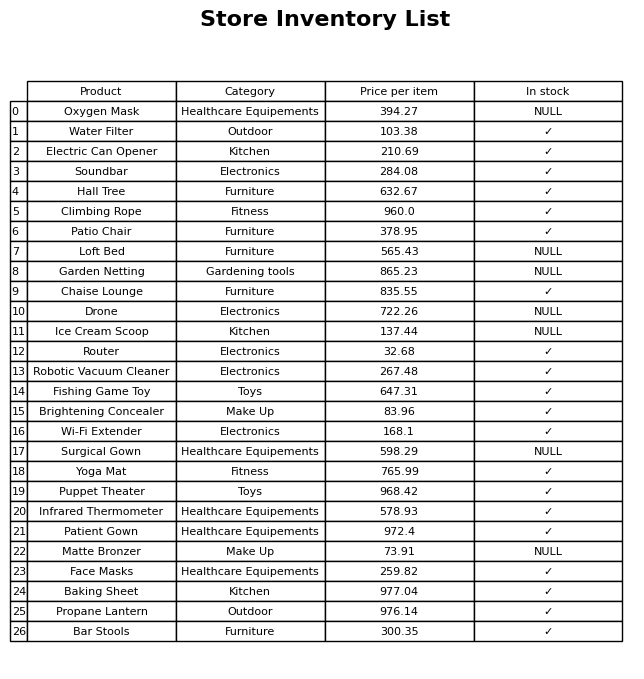
question: What is the price for Brightening Concealer?
answer: The price of Brightening Concealer is 83.96.